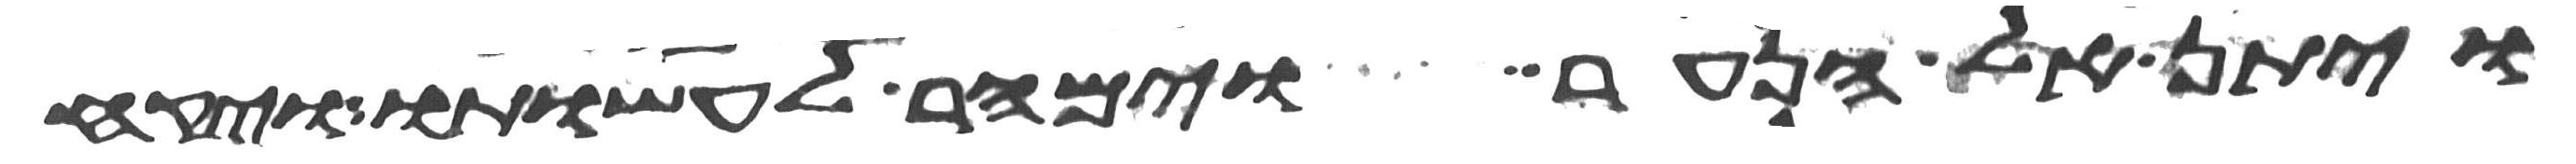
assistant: ויתן אל הנער וימהר לעשותו ויקח